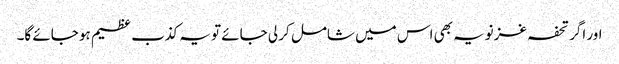
اور اگر تحفہ غزنویہ بھی اس میں شامل کر لی جائے تو یہ کذب عظیم ہو جائے گا۔